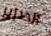
الخنزير